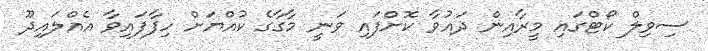
ސިވިލް ކޯޓްގައި މީރާއިން ދައުވާ ކޮށްފައި ވަނީ މާގާގެ ކުއްޔަށް ހިފާފައިވާ އެއްލައިދޫ